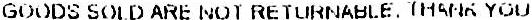
GOODS SOLD ARE NOT RETURNABLE THANK YOU